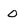
Character: O